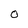
Character: 0